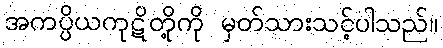
အကပ္ပိယကုဋိတို့ကို မှတ်သားသင့်ပါသည်။